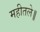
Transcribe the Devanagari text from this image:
महीतले॥